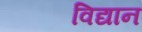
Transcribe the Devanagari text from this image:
विद्यान